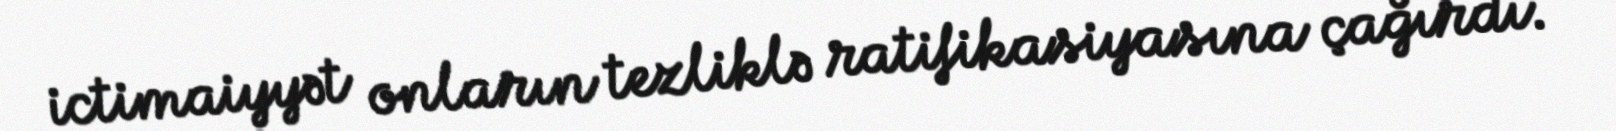
ictimaiyyət onların tezliklə ratifikasiyasına çağırdı.